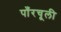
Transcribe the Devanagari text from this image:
पाँरचूली